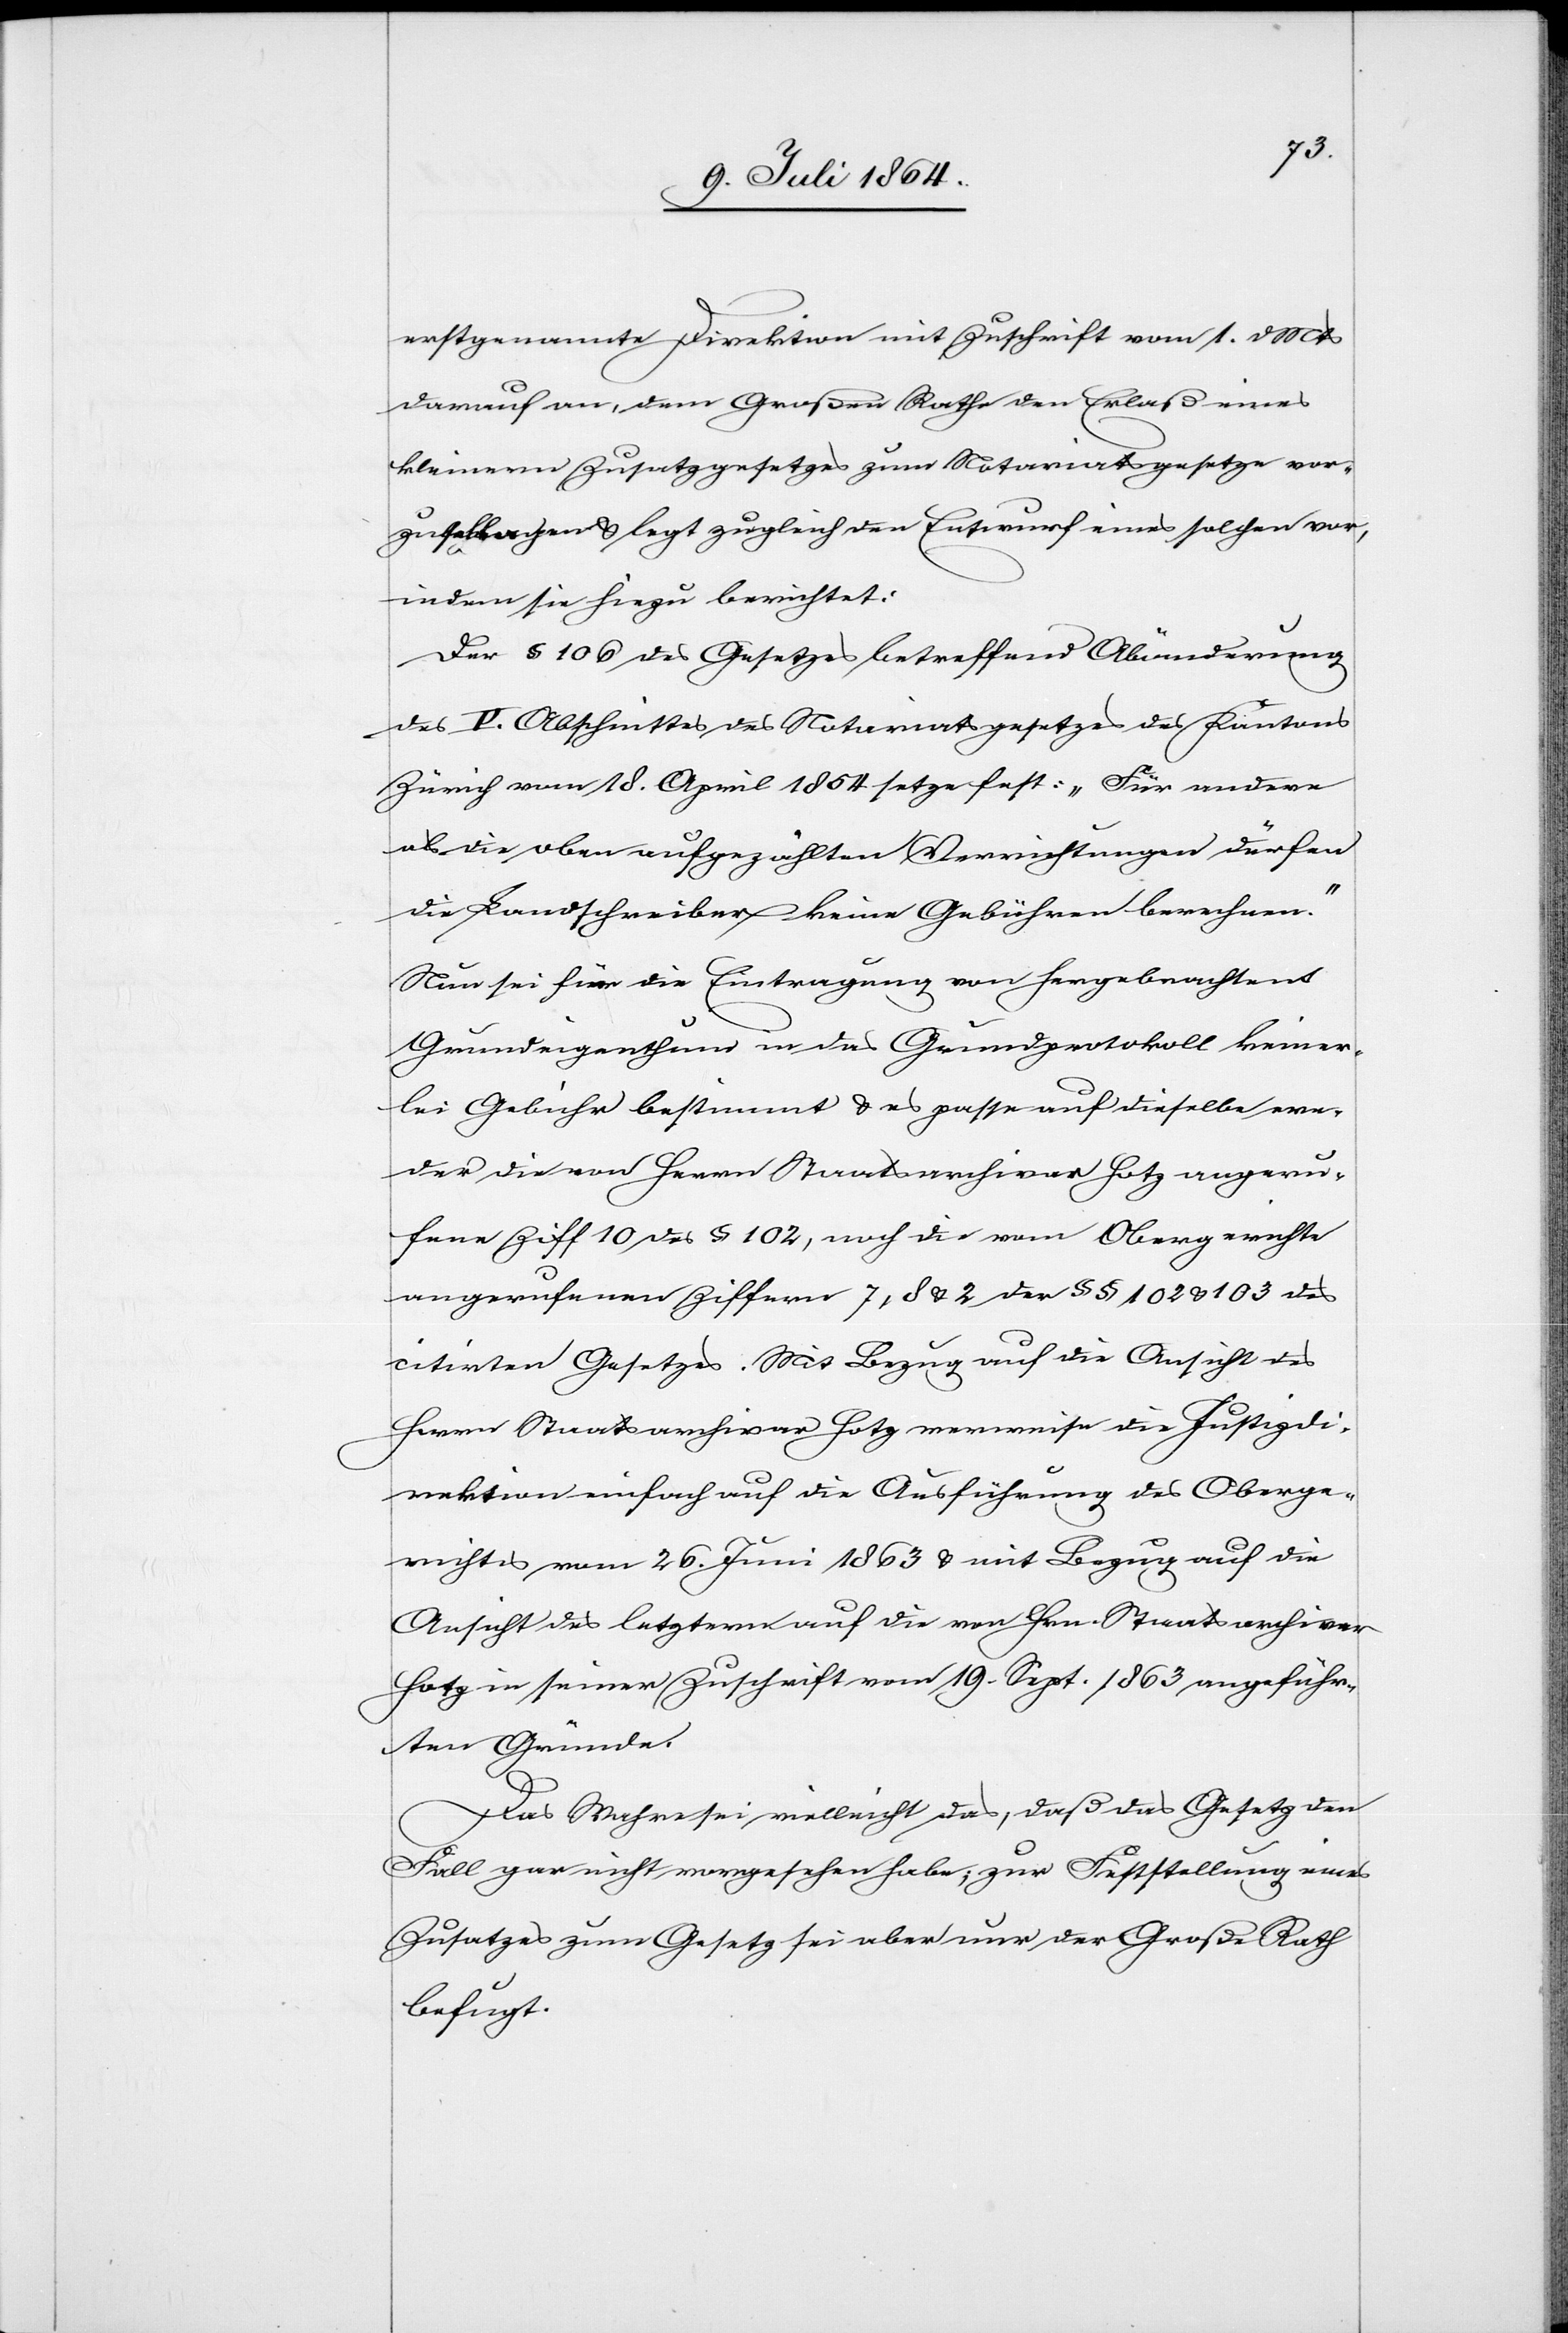
erstgenannte Direktion mit Zuschrift vom 1. d. Mts.
darauf an, dem Großen Rathe den Erlaß eines
kleinern Zusatzgesetzes zum Notariatsgesetze [?vor¬
zustellen] u. legt zugleich den Entwurf eines solchen vor,
indem sie hiezu berichtet:
Der § 106 des Gesetzes betreffend Abänderung
des [?V.] Abschnittes des Notariatsgesetzes des Kantons
Zürich vom 18. April 1854 setze fest: „Für andere
als die oben aufgezählten Verrichtungen dürfen
die Landschreiber keine Gebühren berechnen.“
Nun sei für die Eintragung von hergebrachtem
Grundeigenthum in das Grundprotokoll keiner¬
lei Gebühr bestimmt u. es passe auf dieselbe we¬
der die von Herrn Staatsarchivar Hotz angeru¬
fene Ziff 10 des § 102, noch die vom Obergerichte
angerufenen Ziffern 7, 8 u. 2 der §§ 102 u. 103 des
citirten Gesetzes. Mit Bezug auf die Ansicht des
Herrn Staatsarchivar Hotz verweise die Justizdi¬
rektion einfach auf die Ausführung des Oberge¬
richtes vom 26. Juni 1863 u. mit Bezug auf die
Ansicht des letztern auf die von Hrn. Staatsarchivar
Hotz in seiner Zuschrift vom 19. Sept. 1863 angeführ¬
ten Gründe.
Das Wahre sei vielleicht das, daß das Gesetz den
Fall gar nicht vorgesehen habe; zur Feststellung eines
Zusatzes zum Gesetz sei aber nur der Große Rath
befugt.